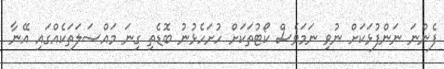
ފެންނަ ނަންފުޅަކަށް ނުވި ނަމަވެސް ކޯޓުތަކަށް ހުށަހެޅުނު ބޮޑެތި ގިނަ މައްސަލަތަކެއްގައި އޭނާ